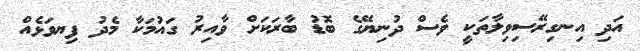
އަދި އިނގިރޭސިވިލާތަކީ ވެސް ދުނިޔޭގެ ބޮޑު ބާރަކަށް ވާއިރު ގައުމަކާ މެދު ފިޔވަޅެއް